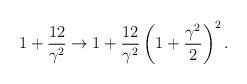
LaTeX: \begin{align*}1+\frac{12}{\gamma^2} \to1+\frac{12}{\gamma^2}\left(1+\frac{\gamma^2}{2}\right)^2.\end{align*}